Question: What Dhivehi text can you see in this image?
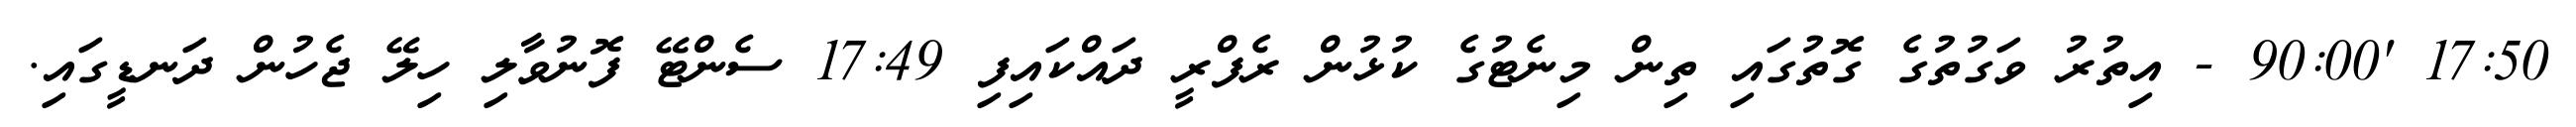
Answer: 17:50 '90:00 - އިތުރު ވަގުތުގެ ގޮތުގައި ތިން މިނެޓުގެ ކުޅުން ރެފްރީ ދައްކައިފި 17:49 ސެންޓޭ ފޮނުވާލި ހިލޭ ޖެހުން ދަނޑީގައި.